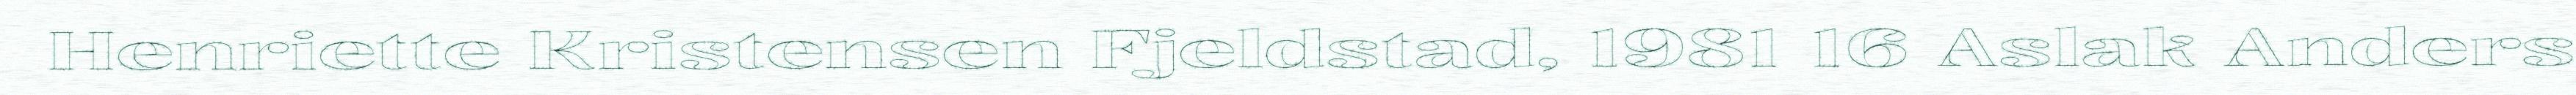
Henriette Kristensen Fjeldstad, 1981 16 Aslak Anders